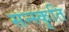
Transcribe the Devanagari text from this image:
सन्स्कृति